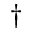
^ \dag